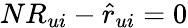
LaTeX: NR_{ui}-\hat{r}_{ui}=0